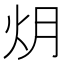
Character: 𮳟